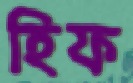
হিফ